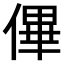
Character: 𠌫